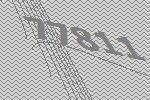
77811